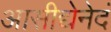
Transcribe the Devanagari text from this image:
आसीद्येनेदं